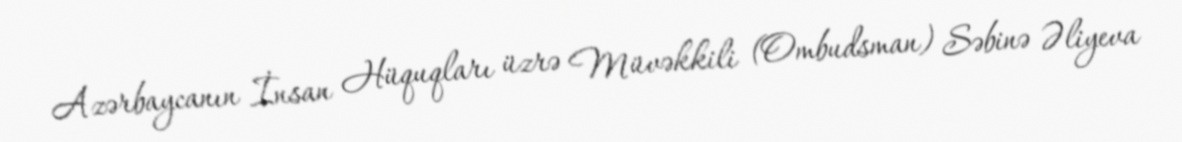
Azərbaycanın İnsan Hüquqları üzrə Müvəkkili (Ombudsman) Səbinə Əliyeva